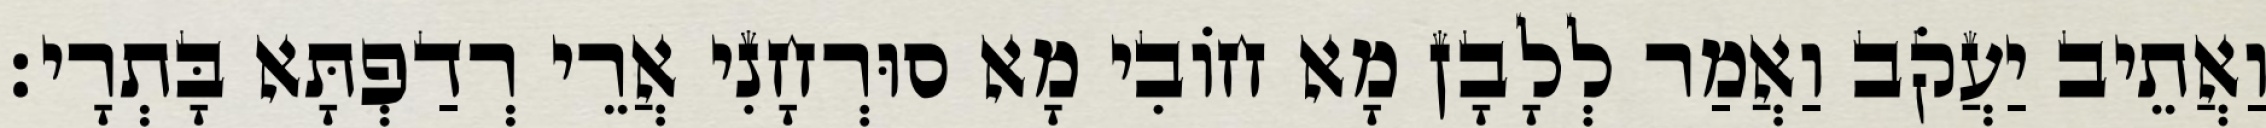
וַאֲתֵיב יַעֲקֹב וַאֲמַר לְלָבָן מָא חוֹבִי מָא סוּרְחָנִי אֲרֵי רְדַפְתָּא בָּתְרָי׃